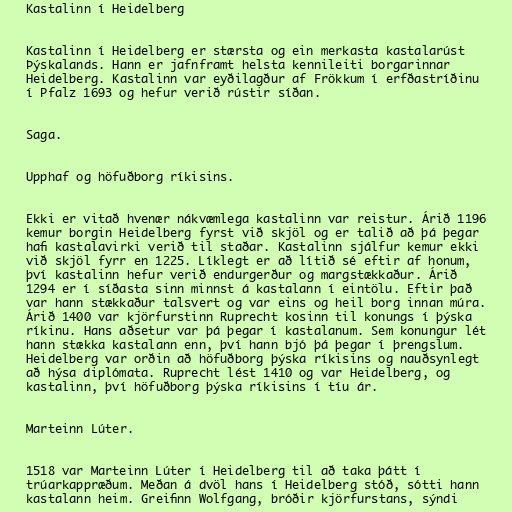
Kastalinn í Heidelberg

Kastalinn í Heidelberg er stærsta og ein merkasta kastalarúst
Þýskalands. Hann er jafnframt helsta kennileiti borgarinnar
Heidelberg. Kastalinn var eyðilagður af Frökkum í erfðastríðinu
í Pfalz 1693 og hefur verið rústir síðan.

Saga.

Upphaf og höfuðborg ríkisins.

Ekki er vitað hvenær nákvæmlega kastalinn var reistur. Árið 1196
kemur borgin Heidelberg fyrst við skjöl og er talið að þá þegar
hafi kastalavirki verið til staðar. Kastalinn sjálfur kemur ekki
við skjöl fyrr en 1225. Líklegt er að lítið sé eftir af honum,
því kastalinn hefur verið endurgerður og margstækkaður. Árið
1294 er í síðasta sinn minnst á kastalann í eintölu. Eftir það
var hann stækkaður talsvert og var eins og heil borg innan múra.
Árið 1400 var kjörfurstinn Ruprecht kosinn til konungs í þýska
ríkinu. Hans aðsetur var þá þegar í kastalanum. Sem konungur lét
hann stækka kastalann enn, því hann bjó þá þegar í þrengslum.
Heidelberg var orðin að höfuðborg þýska ríkisins og nauðsynlegt
að hýsa diplómata. Ruprecht lést 1410 og var Heidelberg, og
kastalinn, því höfuðborg þýska ríkisins í tíu ár.

Marteinn Lúter.

1518 var Marteinn Lúter í Heidelberg til að taka þátt í
trúarkappræðum. Meðan á dvöl hans í Heidelberg stóð, sótti hann
kastalann heim. Greifinn Wolfgang, bróðir kjörfurstans, sýndi